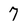
Character: 7